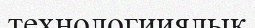
технологииялық